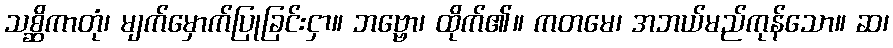
သစ္ဆိကာတုံ၊ မျက်မှောက်ပြုခြင်းငှာ။ ဘဗ္ဗော၊ ထိုက်၏။ ကတမေ၊ အဘယ်မည်ကုန်သော။ ဆ၊